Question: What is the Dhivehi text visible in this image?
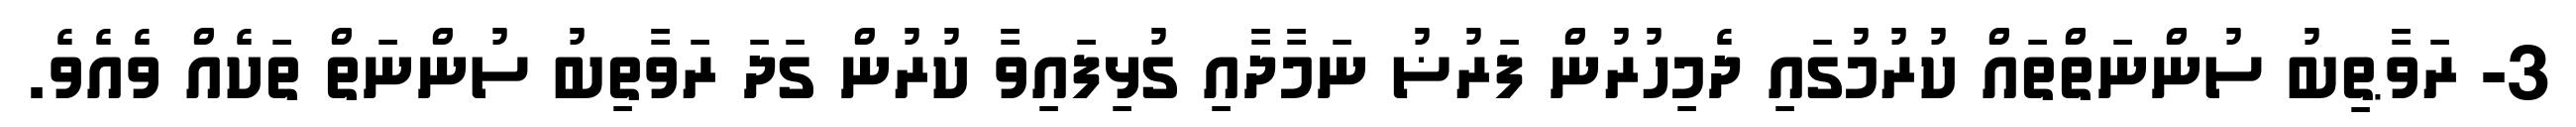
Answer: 3- ރަވާޠިބު ސުންނަތްތައް ކުރުމުގައި ދެމިހުރުން ފަރުޟު ނަމާދާއި ގުޅިފައިވާ ކުރުން ގަދަ ރަވާތިބު ސުންނަތް ތަކެއް ވެއެވެ.